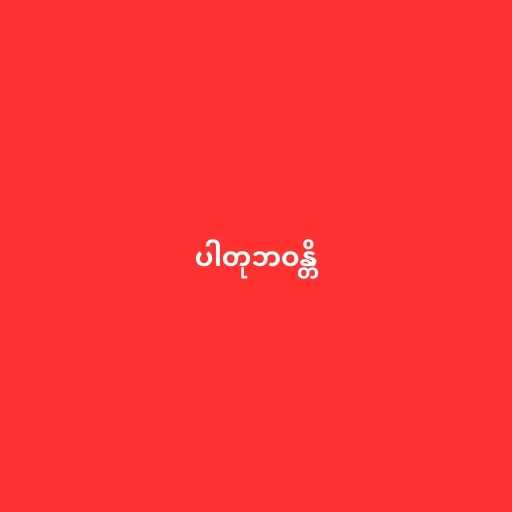
ပါတုဘဝန္တိ